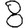
Digit: 8